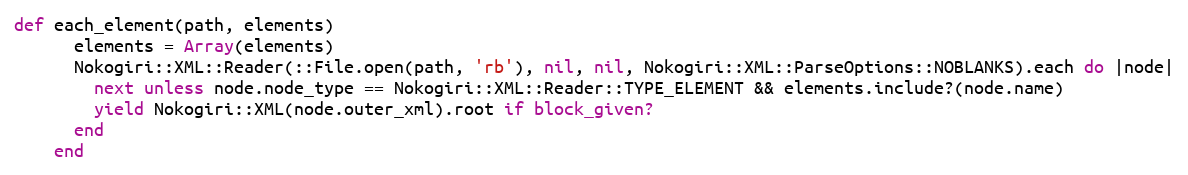
Language: Ruby
def each_element(path, elements)
      elements = Array(elements)
      Nokogiri::XML::Reader(::File.open(path, 'rb'), nil, nil, Nokogiri::XML::ParseOptions::NOBLANKS).each do |node|
        next unless node.node_type == Nokogiri::XML::Reader::TYPE_ELEMENT && elements.include?(node.name)
        yield Nokogiri::XML(node.outer_xml).root if block_given?
      end
    end